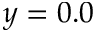
y = 0 . 0